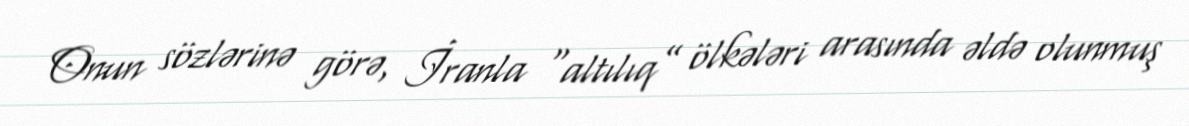
Onun sözlərinə görə, İranla “altılıq” ölkələri arasında əldə olunmuş